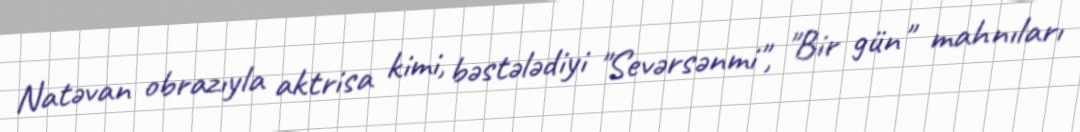
Natəvan obrazıyla aktrisa kimi, bəstələdiyi "Sevərsənmi", "Bir gün" mahnıları